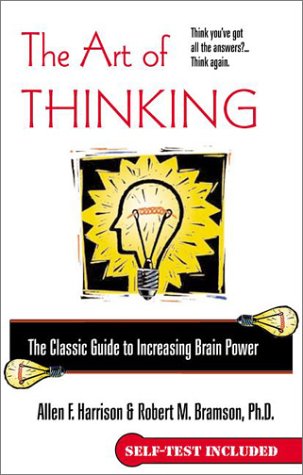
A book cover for The Art of Thinking; Allen F. Harrison; Health, Fitness & Dieting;